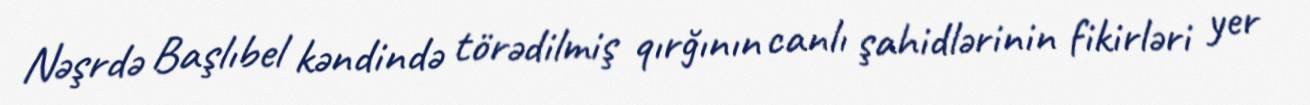
Nəşrdə Başlıbel kəndində törədilmiş qırğının canlı şahidlərinin fikirləri yer